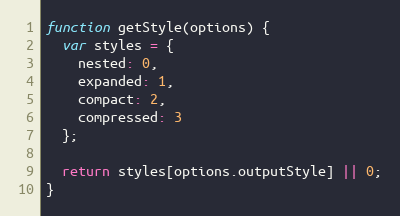
Language: JavaScript
function getStyle(options) {
  var styles = {
    nested: 0,
    expanded: 1,
    compact: 2,
    compressed: 3
  };

  return styles[options.outputStyle] || 0;
}